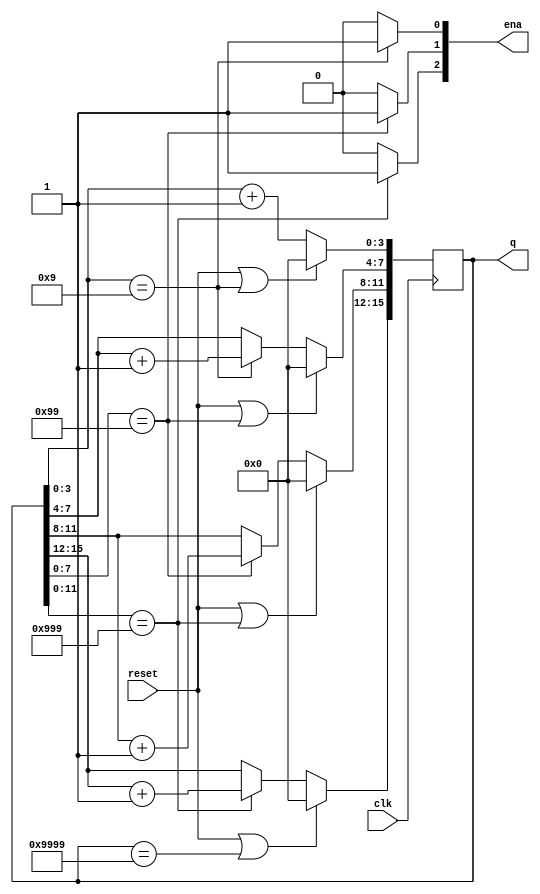
module top_module (
    input clk,
    input reset,   // Synchronous active-high reset
    output reg [3:1] ena,
    output reg [15:0] q);

    always @(posedge clk)begin
        if(reset || q[3:0]==4'h9)
            q[3:0] <= 'b0;
        else
            q[3:0] <= q[3:0] + 4'b1;        
        
        if(reset || q[7:0]==8'h99)
            q[7:4] <= 'b0;
        else if(q[3:0]==4'h9)
            q[7:4] <= q[7:4] + 4'b1;
        else
            q[7:4] <= q[7:4];
        
        if(reset || q[11:0]==12'h999)
            q[11:8] <= 'b0;
        else if(q[7:0]==8'h99)
            q[11:8] <= q[11:8] + 4'b1;
        else
            q[11:8] <= q[11:8];
        
        if(reset || q[15:0]==16'h9999)
            q[15:12] <= 'b0;
        else if(q[11:0]==12'h999)
            q[15:12] <= q[15:12] + 4'b1;
        else
            q[15:12] <= q[15:12];
    end
    
    assign ena[1] = q[3:0] == 4'h9   ? 1'b1 : 1'b0;
    assign ena[2] = q[7:0] == 8'h99  ? 1'b1 : 1'b0;
    assign ena[3] = q[11:0]==12'h999 ? 1'b1 : 1'b0;
    
endmodule